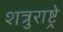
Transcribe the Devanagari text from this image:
शत्रुराष्ट्रे